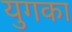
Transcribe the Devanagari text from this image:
युगका